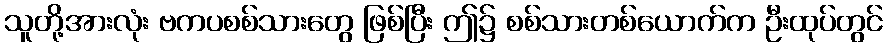
သူတို့အားလုံး ဗကပစစ်သားတွေ ဖြစ်ပြီး ဤ၌ စစ်သားတစ်ယောက်က ဦးထုပ်တွင်